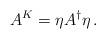
LaTeX: \begin{align*}A^K = \eta A^\dagger \eta \, .\end{align*}